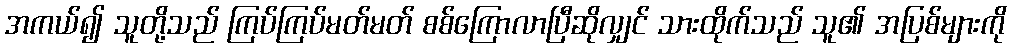
အကယ်၍ သူတို့သည် ကြပ်ကြပ်မတ်မတ် စစ်ကြောလာပြီဆိုလျှင် သားထိုက်သည် သူ၏ အပြစ်များကို